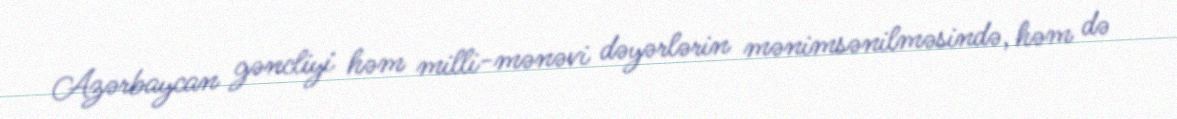
Azərbaycan gəncliyi həm milli-mənəvi dəyərlərin mənimsənilməsində, həm də